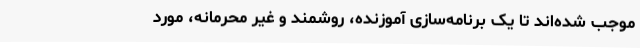
موجب شده‌اند تا یک برنامه‌سازی آموزنده، روشمند و غیر محرمانه، مورد